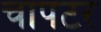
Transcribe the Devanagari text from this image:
चापटर